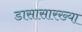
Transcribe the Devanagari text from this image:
डासासारख्या